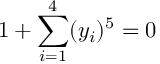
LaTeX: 1 + \sum _ { i = 1 } ^ { 4 } ( y _ { i } ) ^ { 5 } = 0